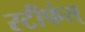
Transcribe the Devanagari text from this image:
स्टीफंस्